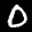
Label: 0